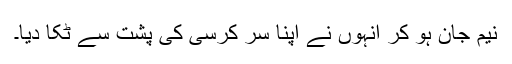
نیم جان ہو کر انہوں نے اپنا سر کرسی کی پشت سے ٹکا دیا۔